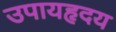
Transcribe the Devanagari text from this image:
उपायहृदय